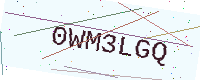
Text: 0WM3LGQ